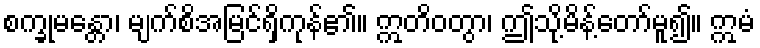
စက္ခုမန္တော၊ မျက်စိအမြင်ရှိကုန်၏။ ဣတိဝတွာ၊ ဤသို့မိန့်တော်မူ၍။ ဣမံ